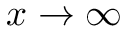
x \to \infty